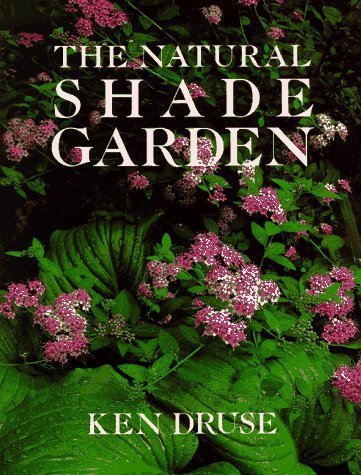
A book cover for The Natural Shade Garden; Crafts, Hobbies & Home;